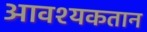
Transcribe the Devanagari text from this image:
आवश्यकतान